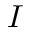
I